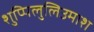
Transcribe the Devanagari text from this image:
शुप्पिलुलिउमाश